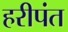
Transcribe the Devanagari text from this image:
हरीपंत